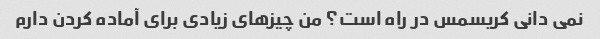
نمی دانی کریسمس در راه است؟ من چیزهای زیادی برای آماده کردن دارم